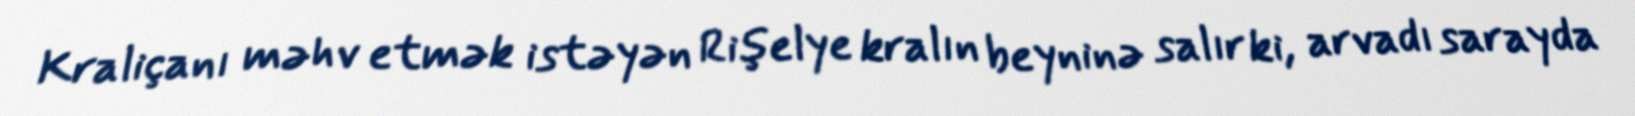
Kraliçanı məhv etmək istəyən Rişelye kralın beyninə salır ki, arvadı sarayda